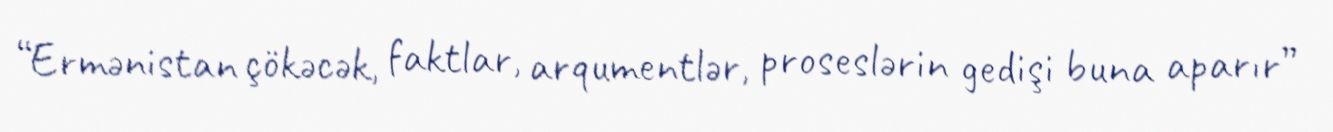
“Ermənistan çökəcək, faktlar, arqumentlər, proseslərin gedişi buna aparır”